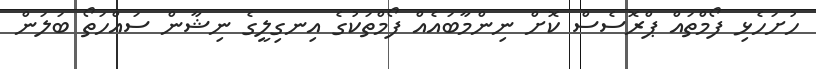
ހުށަހެޅި ފޯމްތައް ޕްރޮސެސް ކޮށް ނިންމާބައެއް ފޯމްތަކުގެ އިނގިލީގެ ނިޝާން ސައްހަތޯ ބަލަން